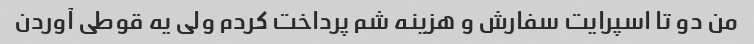
من دو تا اسپرایت سفارش و هزینه شم پرداخت کردم ولی یه قوطی آوردن